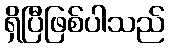
ရှိပြီဖြစ်ပါသည်